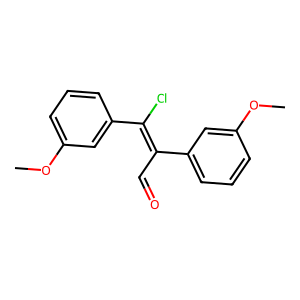
SMILES: COc1cccc(C(Cl)=C(C=O)c2cccc(OC)c2)c1
Inhibits HIV replication: No